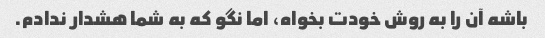
باشه آن را به روش خودت بخواه، اما نگو که به شما هشدار ندادم.